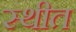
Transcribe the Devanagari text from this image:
स्‍थीत